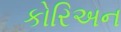
કોરિઅન